Annual administration report of the Civil Veterinary Department of India - 1897-1898
Year: 1897
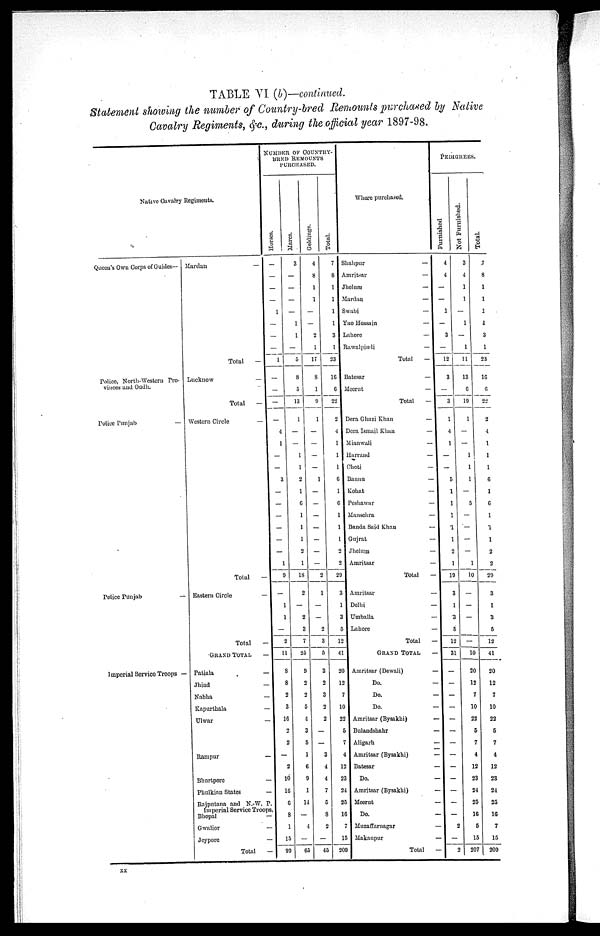
TABLE VI (b)—continued.
Statement showing the number of Country-bred Remounts purchased by Native
Cavalry Regiments, &c., during the official year 1897-98.
Native Cavalry Regiments.
Queen's Own Corps of Guides—
Police, North-Western Pro-
vinces and Oudh.
Police Punjab
—
Police Punjab
—
Imperial Service Troops —
Mardan
—
Total
—
Lucknow
—
Total
—
Western Circle
—
Total
—
Eastern Circle
—
Total
—
GRAND TOTAL
—
Patiala
—
Jhind
—
Nabha
—
Kapurthala
—
Ulwar
—
Rampur
—
Bhurtpore
—
Phulkian States
—
Rajputana and N.-W. P.
Imperial Service Troops
Bhopal
—
Gwalior
—
Jeypore
—
Total
—
NUMBER OF COUNTRY-
BRED REMOUNTS
PURCHASED.
Horses.
—
—
—
—
1
—
—
—
1
—
—
—
—
4
1
—
—
3
—
—
—
—
—
—
1
9
—
1
1
—
2
11
8
8
2
3
16
2
2
—
2
10
16
6
8
1
15
99
Mares.
3
—
—
—
—
1
1
—
5
8
5
13
1
—
—
1
1
2
1
6
1
1
l
2
1
18
2
—
2
3
7
25
9
2
2
5
4
3
5
1
6
9
1
14
—
4
—
65
Geldings.
4
8
1
1
—
—
2
1
17
8
1
9
1
—
—
—
—
1
—
—
—
—
—
—
—
2
1
—
—
2
3
5
3
2
3
2
2
—
—
3
4
4
7
5
8
2
—
45
Total.
7
8
1
1
1
1
3
1
23
16
6
22
2
4
1
1
1
6
1
6
1
1
1
2
2
29
3
1
3
5
12
41
20
12
7
10
22
5
7
4
12
23
24
25
16
7
15
209
Where purchased.
Shahpur
—
Amritsar
—
Jhelum
—
Mardan
—
Swabi
—
Yao Hossain
—
Lahore
—
Rawalpindi
—
Total
—
Batesar
—
Meerut
—
Total
—
Dera Ghazi Khan
—
Dora Ismail Khan
—
Mianwali
—
Harrand
—
Choti
—
Bannu
—
Kohat
—
Peshawar
—
Mansehra
—
Banda Said Khan
—
Gujrat
—
Jhelum
—
Amritsar
—
Total
—
Amritsar
—
Delhi
—
Umballa
—
Lahore
—
Total
—
GRAND TOTAL —
Amritsar (Dewali)
—
Do.
—
Do.
—
Do.
—
Amritsar (Bysakhi)
—
Bulandshahr
—
Aligarh
—
Amritsar (Bysakhi)
—
Batesar
—
Do.
—
Amritsar (Bysakhi)
—
Meerut
—
Do.
—
Muzaffarnagar
—
Makanpur
—
Total
—
PEDIGREES.
Furnished
4
4
—
—
1
—
3
—
12
3
—
3
1
4
1
—
—
5
1
1
1
1
1
2
1
19
3
1
3
5
12
31
—
—
—
—
—
—
—
—
—
—
—
—
—
2
—
2
Not Furnished.
3
4
1
1
—
1
—
1
11
13
6
19
1
—
—
1
1
1
—
5
—
—
—
—
1
10
—
—
—
—
10
20
12
7
10
22
5
7
4
12
23
24
25
16
5
15
207
Total.
7
8
1
1
1
1
3
1
23
16
6
22
2
4
1
1
1
6
1
6
1
1
1
2
2
29
3
1
3
5
12
41
20
12
7
10
22
5
7
4
12
23
24
25
16
7
15
209
xx